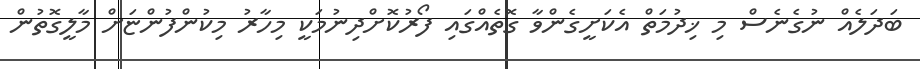
ބަދަލެއް ނުގެނެސް މި ޚިދުމަތް އެކަށީގެންވާ ގޮތެއްގައި ފޯރުކޮށްދިނުމަކީ މިހާރު މިކުންފުންޏަށް މާލީގޮތުން